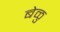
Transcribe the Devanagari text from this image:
बेळु